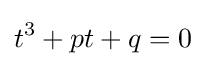
t^{3}+pt+q=0